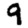
Digit: 9